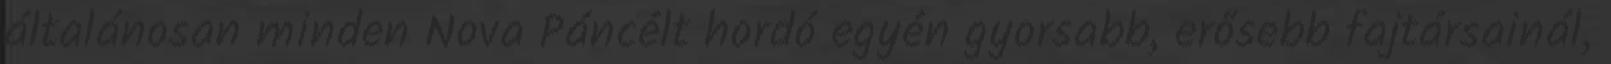
általánosan minden Nova Páncélt hordó egyén gyorsabb, erősebb fajtársainál,